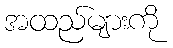
အထည်များကို